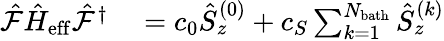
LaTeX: \begin{array}{rl}{\hat{\mathcal{F}}\hat{H}_{\mathrm{eff}}\hat{\mathcal{F}}^{\dagger}}&{{}=c_{0}\hat{S}_{z}^{(0)}+c_{S}\sum_{k=1}^{N_{\mathrm{bath}}}\hat{S}_{z}^{(k)}}\end{array}